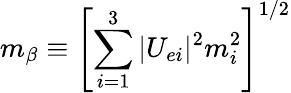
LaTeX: m_{\beta}\equiv\left[\sum_{i=1}^{3}|U_{ei}|^{2}m_{i}^{2}\right]^{1/2}